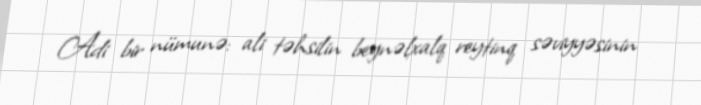
Adi bir nümunə: ali təhsilin beynəlxalq reytinq səviyyəsinin